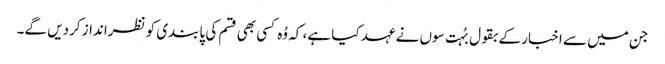
جن میں سے اخبار کے بقول بُہت سوں نے عہد کیا ہے، کہ وُہ کسی بھی قسم کی پابندی کو نظرانداز کردیں گے۔